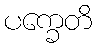
ပက္ခေတိ